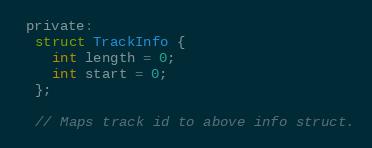
Language: C
 private:
  struct TrackInfo {
    int length = 0;
    int start = 0;
  };

  // Maps track id to above info struct.